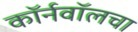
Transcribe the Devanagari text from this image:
कॉर्नवॉलचा